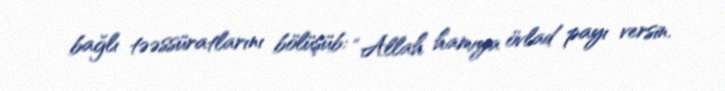
bağlı təəssüratlarını bölüşüb: “Allah hamıya övlad payı versin.